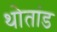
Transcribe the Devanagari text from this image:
थोतांड